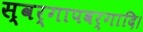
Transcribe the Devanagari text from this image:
स्वर्गापवर्गादि।